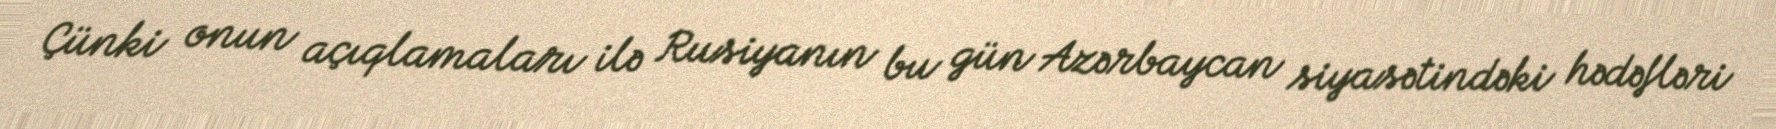
Çünki onun açıqlamaları ilə Rusiyanın bu gün Azərbaycan siyasətindəki hədəfləri